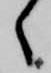
々